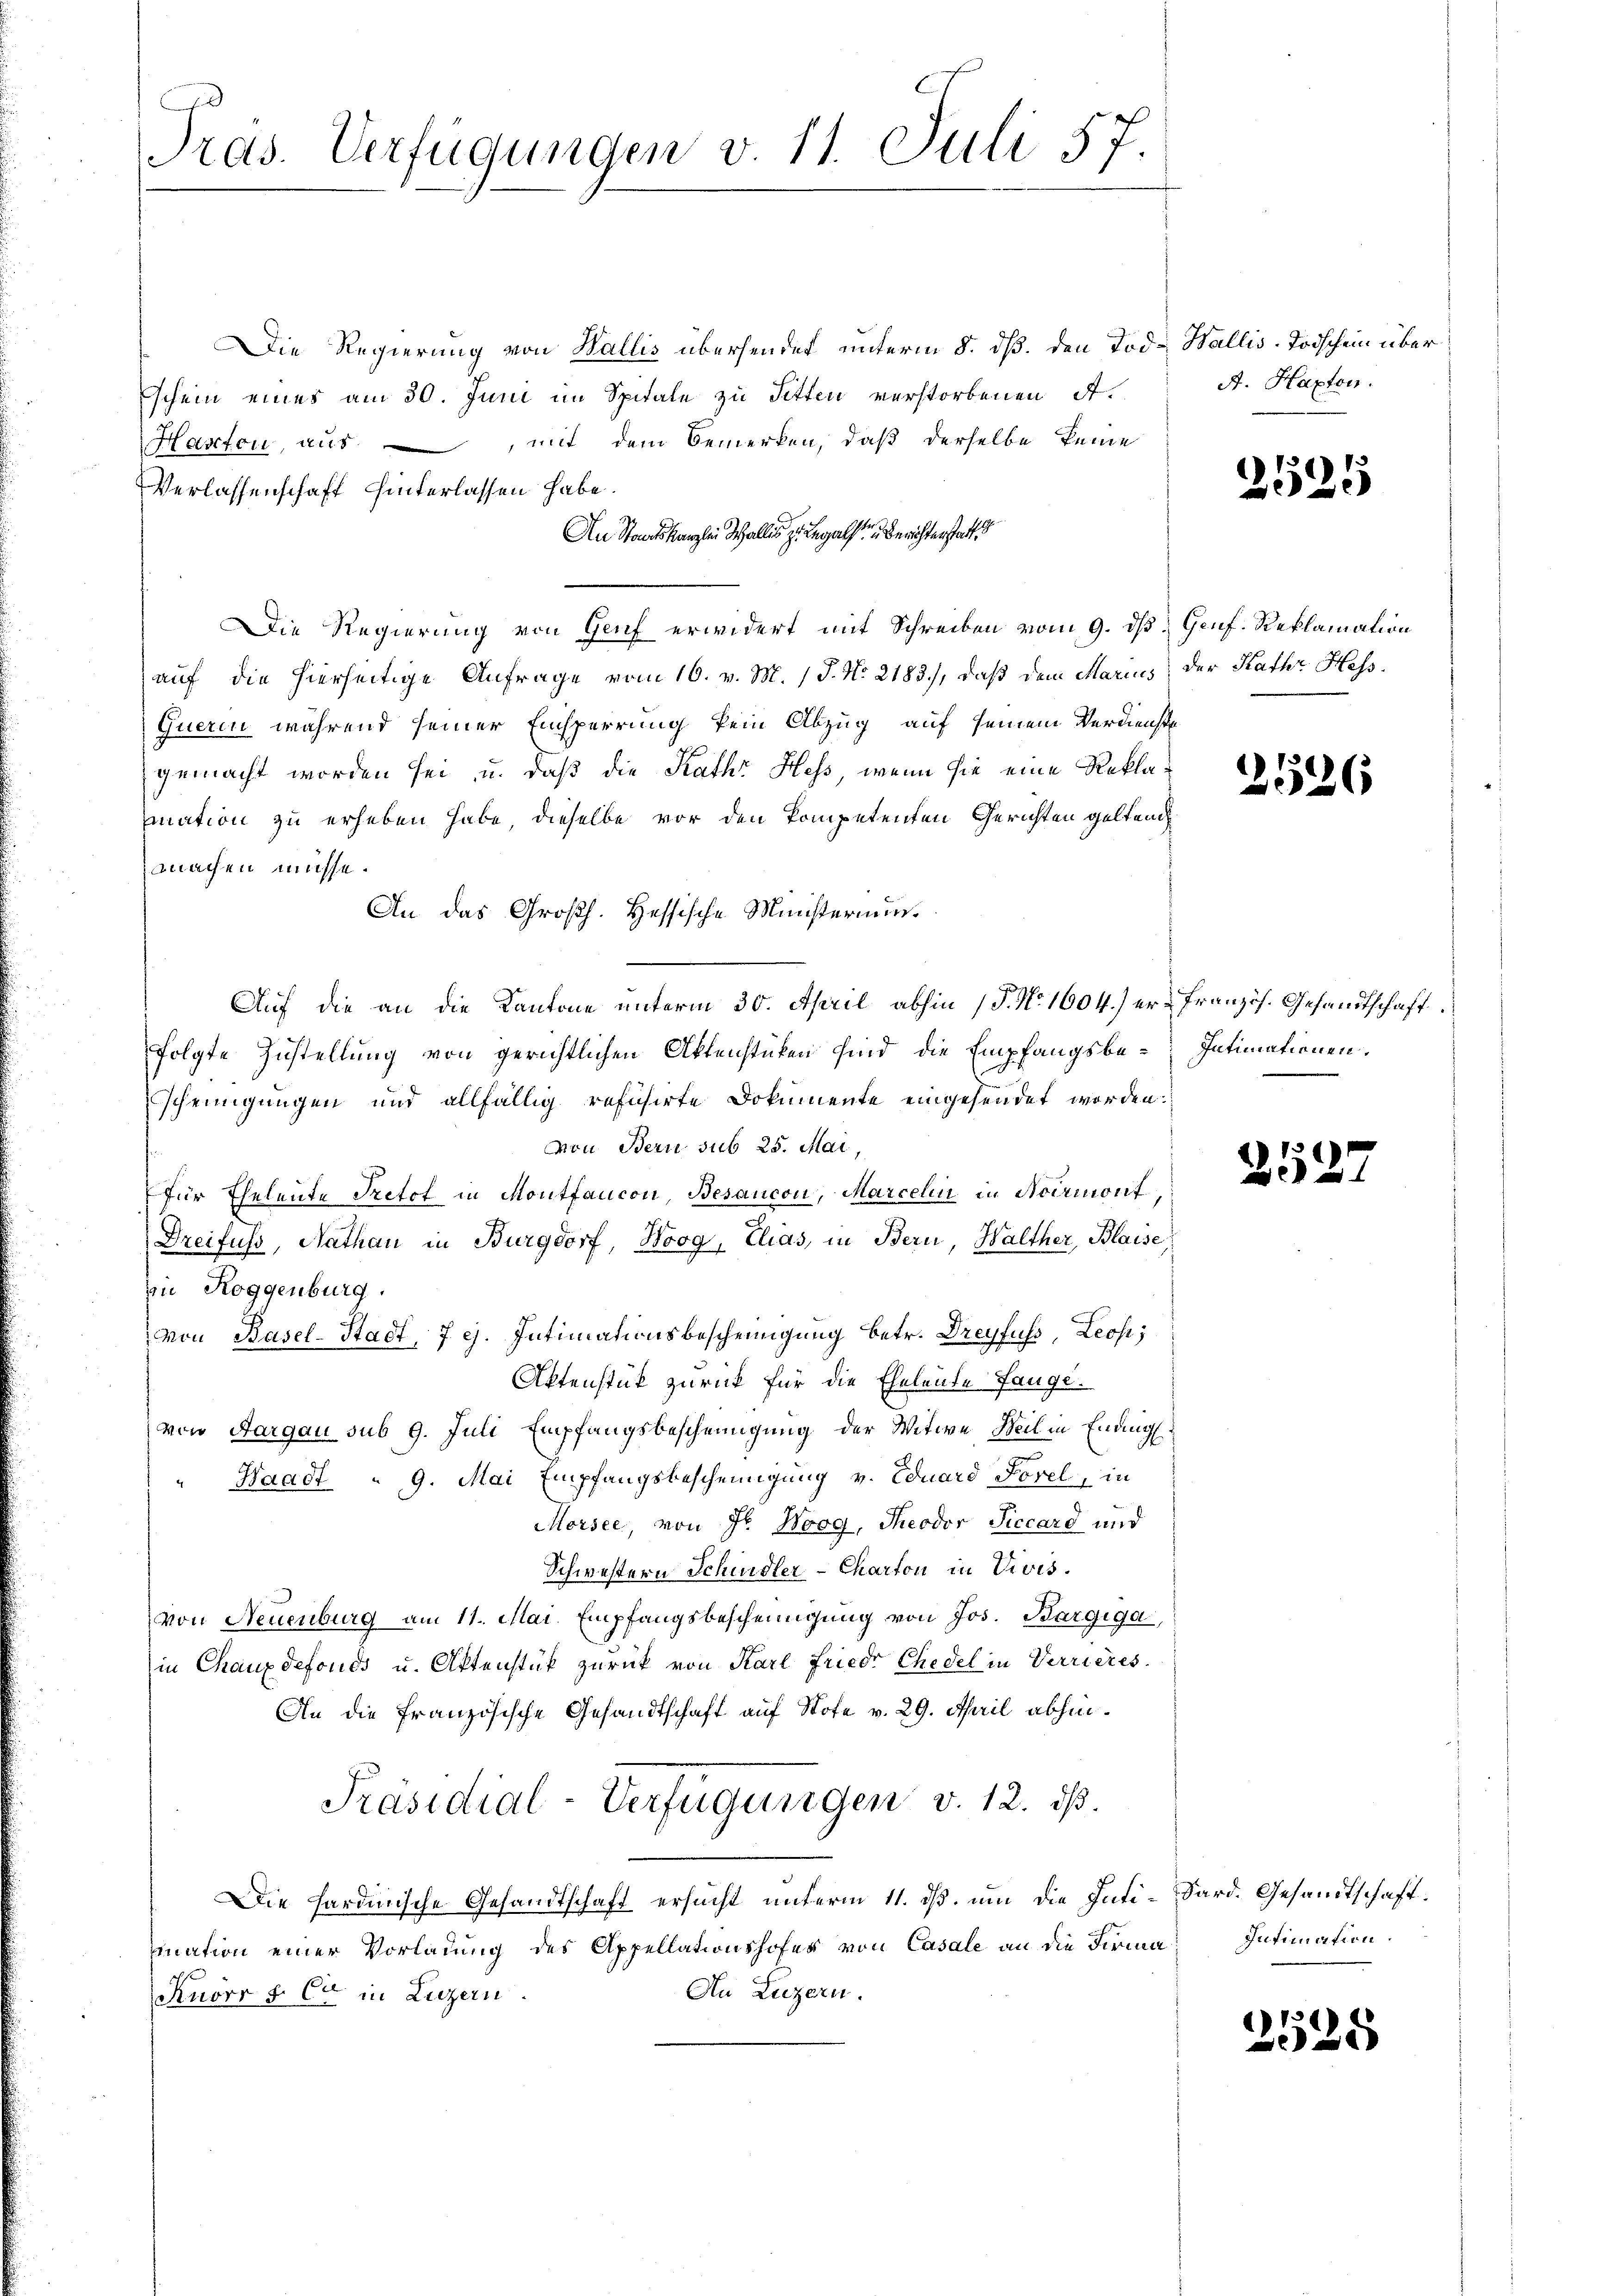
Pras. Verfügungen v. 11. Juli 57.

Die Regierung von Wallis übersendet unterm 8. dß. den Tod. Wallis-Todschein über
schein eines am 30. Juni im Spitale zu Titten verstorbenen A.
Hasten, aus, mit dem Bemerken, daß derselbe keine
Verlassenschaft hinterlassen habe.
An Staatskanzlei alle zu als Berichterstatt
Die Regierung von Genf erwidert mit Schreiben vom 9. ds Genf. Reklamation
auf die hierseitige Anfrage vom 16. v. M. / J. No. 2183), daß dem Marius, der Kathe Hass¬
Queren während seiner Einsperrung kein Abzug auf seinem Verdienste
gemacht worden sei, u. daß die Rath Hess, wenn sie eine Reklamation zu erheben habe, dieselbe vor den kompetenten Gerichten geltend
machen müsse.
An das Großh. Hessische Ministerium
folgte Zustellung von gerichtlichen Aktenstüken sind die Empfangsbe-Intimationen.
scheinigungen und allfällig refusirte Dokumente eingesendet worden:
von Bern sub 25. Mai,
für Eheleute Pretot in Montfancon, Besancon, Marcelin in Noirmont,
Dreifuss, Nathan in Burgdorf, Woog, Elias, in Bern, Halther, Blaise,
zn Roggenburg.
von Basel-Stadt, 7 c. Intimationsbescheinigung betr. Dreyfuss, Leose;
Aktenstück zurück für die Eheleute fange.
von Aargau sub 9. Juli Empfangsbescheinigung der Witwe Weil in Endig¬
Waadt - 9. Mai Empfangsbescheinigung v. Eduard Forel, in
Morsee, von Fr. Woog, Theodor Siccard und
Schwestern Schindler-Charton in Vivis.
von Neuenburg am 11. Mai. Empfangsbescheinigung von Jos. Bargiga,
in Chauxdefonds u. Aktenstük zurück von Karl Friedr Chedel in Verrieres.
An die französische Gesandtschaft auf Stote v. 29. April abhin¬
Präsidial-Verfügungen v. 12. ds.
Die hardinische Gesandtschaft ersucht unterm 11. ds. um die Inti-Sard. Gesandtschaft.
mnation einer Vorladung des Appellationshofes von Casale an die Firma¬
An Luzern.
Knorr § 6ten in Luzern.

Auf die an die Kantone unterm 30. April abhin (S. No. 1604.) er-Französ. Gesandtschaft

A. Kapton.

2535

2526

252.

Intimation.

21525